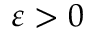
\varepsilon > 0